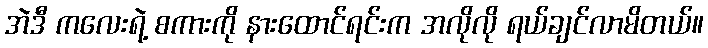
အဲဒီ ကလေးရဲ့ စကားကို နားထောင်ရင်းက အလိုလို ရယ်ချင်လာမိတယ်။